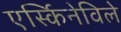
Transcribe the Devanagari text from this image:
एर्स्किनेविले